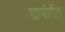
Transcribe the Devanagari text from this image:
दाम्बोवीटा